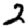
Digit: 2